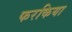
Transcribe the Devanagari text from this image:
फरकिया